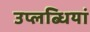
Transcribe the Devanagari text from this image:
उप्लब्धियां